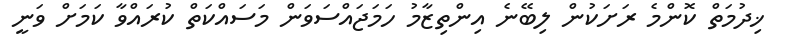
ޚިދުމަތް ކޮންމެ ރަށަކުން ލިބޭނެ އިންތިޒާމު ހަމަޖައްސަވަން މަސައްކަތް ކުރައްވާ ކަމަށް ވަނީ